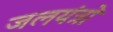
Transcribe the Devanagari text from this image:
जलयंत्रों